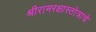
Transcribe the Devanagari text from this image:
श्रीरामरक्षास्तोत्राचे